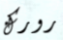
رورك